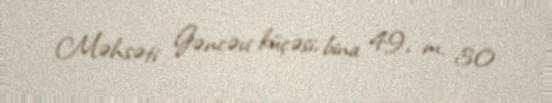
Məhsəti Gəncəvi küçəsi, bina 49, m. 30